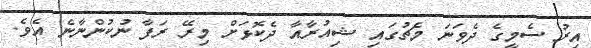
އިރު ސެމީގެ ދެވަނަ މެޗުގައި ޝިއުރާއާ ދެކޮޅަށް މިރޭ ރަފާ ނުކުންނާނެ އެވެ.